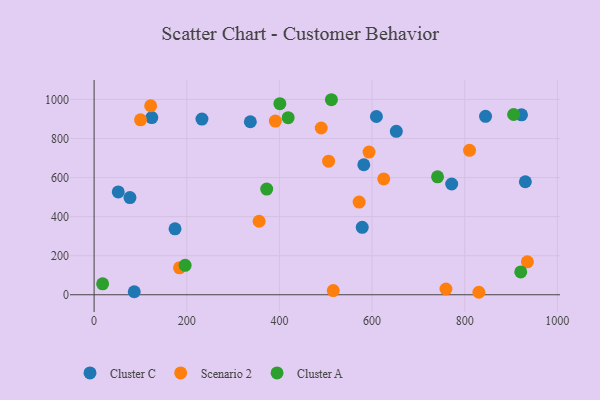
{"axis": {"x": "Speed", "y": "Salary"}, "legend": ["Cluster A", "Cluster C", "Scenario 2"], "data": [{"x": "337.3", "y": 885.8, "type": "Cluster C"}, {"x": "578.8", "y": 345.5, "type": "Cluster C"}, {"x": "77.4", "y": 497.4, "type": "Cluster C"}, {"x": "174.7", "y": 337.8, "type": "Cluster C"}, {"x": "609.4", "y": 912.6, "type": "Cluster C"}, {"x": "232.8", "y": 899.7, "type": "Cluster C"}, {"x": "771.9", "y": 567.2, "type": "Cluster C"}, {"x": "922.6", "y": 921.3, "type": "Cluster C"}, {"x": "930.9", "y": 578.7, "type": "Cluster C"}, {"x": "582.2", "y": 665.6, "type": "Cluster C"}, {"x": "845.0", "y": 913.7, "type": "Cluster C"}, {"x": "86.7", "y": 15.3, "type": "Cluster C"}, {"x": "652.4", "y": 836.9, "type": "Cluster C"}, {"x": "124.5", "y": 907.1, "type": "Cluster C"}, {"x": "52.1", "y": 526.5, "type": "Cluster C"}, {"x": "625.2", "y": 593.2, "type": "Scenario 2"}, {"x": "593.5", "y": 730.7, "type": "Scenario 2"}, {"x": "810.4", "y": 739.6, "type": "Scenario 2"}, {"x": "935.3", "y": 168.5, "type": "Scenario 2"}, {"x": "490.3", "y": 853.7, "type": "Scenario 2"}, {"x": "391.2", "y": 889.3, "type": "Scenario 2"}, {"x": "122.1", "y": 967.8, "type": "Scenario 2"}, {"x": "516.3", "y": 21.2, "type": "Scenario 2"}, {"x": "184.4", "y": 137.9, "type": "Scenario 2"}, {"x": "356.2", "y": 376.3, "type": "Scenario 2"}, {"x": "100.2", "y": 895.5, "type": "Scenario 2"}, {"x": "759.5", "y": 29.5, "type": "Scenario 2"}, {"x": "572.1", "y": 474.8, "type": "Scenario 2"}, {"x": "830.6", "y": 12.7, "type": "Scenario 2"}, {"x": "506.2", "y": 684.2, "type": "Scenario 2"}, {"x": "921.0", "y": 117.0, "type": "Cluster A"}, {"x": "418.9", "y": 906.7, "type": "Cluster A"}, {"x": "905.6", "y": 922.9, "type": "Cluster A"}, {"x": "196.5", "y": 150.6, "type": "Cluster A"}, {"x": "512.3", "y": 998.6, "type": "Cluster A"}, {"x": "401.0", "y": 978.2, "type": "Cluster A"}, {"x": "18.4", "y": 56.0, "type": "Cluster A"}, {"x": "372.6", "y": 540.9, "type": "Cluster A"}, {"x": "741.4", "y": 603.8, "type": "Cluster A"}]}